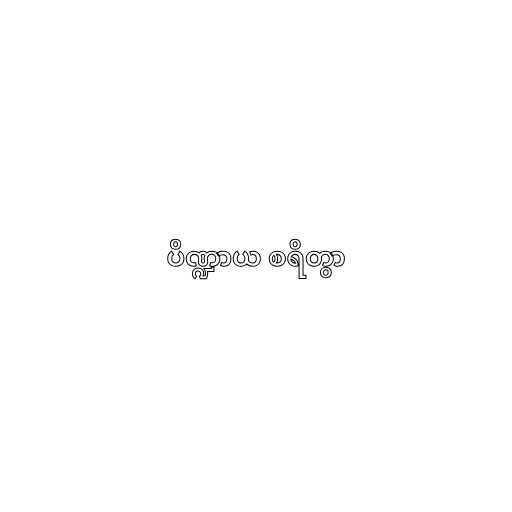
ပိဏ္ဍာယ စရိတွာ